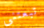
تبعتني